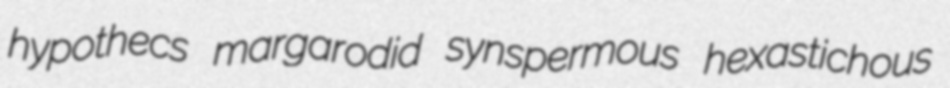
hypothecs margarodid synspermous hexastichous